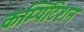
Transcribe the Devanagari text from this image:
कम्पिटिशन